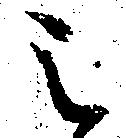
之